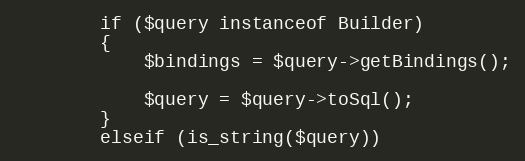
Language: PHP
		if ($query instanceof Builder)
		{
			$bindings = $query->getBindings();

			$query = $query->toSql();
		}
		elseif (is_string($query))